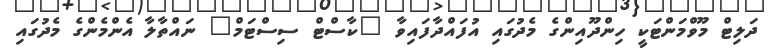
ދަލިޓް މޫވްމަންޓަކީ ހިންދޫއިންގެ މެދުގައި އުފައްދާފައިވާ "ކާސްޓް ސިސްޓަމް" ނައްތާލާ އެންމެންގެ މެދުގައި